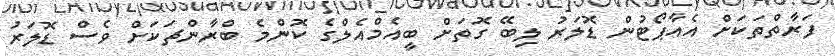
ފަރާތްތަކަށް އެއާޕޯޓުން ޑޮލަރު ލިބޭ ގޮތަށް ބީއެމްއެލްގެ ކޮންމެ ބްރާންޗަކަށްް ވެސް ޑޮލަރު